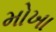
મોખા